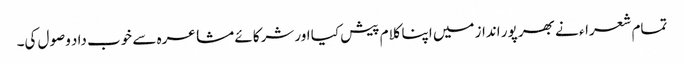
تمام شعراء نے بھر پور انداز میں اپنا کلام پیش کیا اور شرکائے مشاعرہ سے خوب داد وصول کی۔